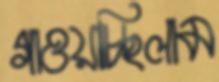
গাওয়াচ্ছিলাম